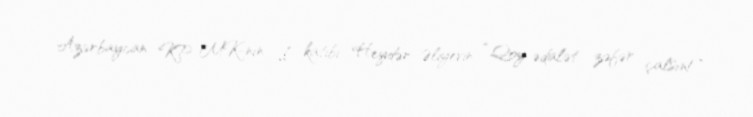
Azərbaycan KP MK-nın I katibi Heydər Əliyevin “Qoy ədalət zəfər çalsın!”